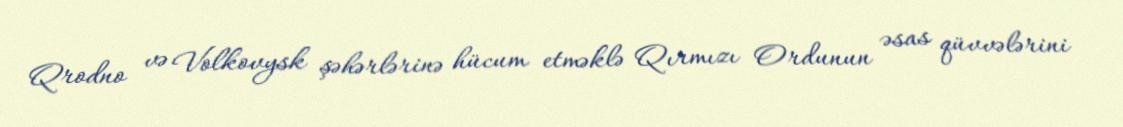
Qrodno və Volkovysk şəhərlərinə hücum etməklə Qırmızı Ordunun əsas qüvvələrini